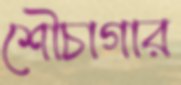
শৌচাগার